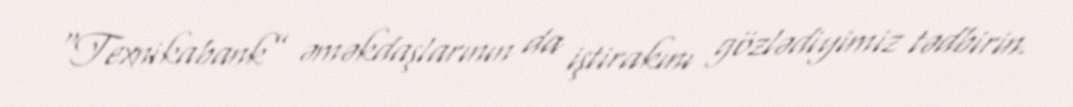
“Texnikabank” əməkdaşlarının da iştirakını gözlədiyimiz tədbirin.